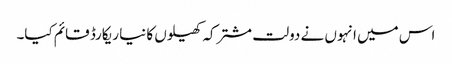
اس میں انہوں نے دولت مشترکہ کھیلوں کا نیا ریکارڈ قائم کیا۔